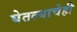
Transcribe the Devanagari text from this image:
घेतल्याचेही